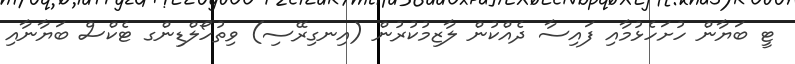
ޓީ ބަޔާން ހުށަހެޅުމާއި ފައިސާ ދެއްކުން ލާޒިމުކުރުން (އިނގިރޭސި) ވިތުހޯލްޑިންގ ޓެކްސް ބަޔާނާއި